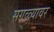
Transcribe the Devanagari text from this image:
सगळ्यावर